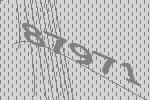
87971